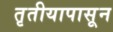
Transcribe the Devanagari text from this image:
तृतीयापासून